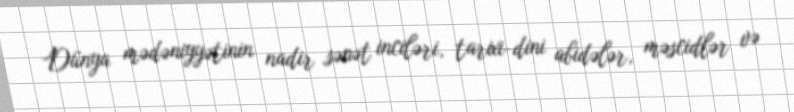
Dünya mədəniyyətinin nadir sənət inciləri, tarixi-dini abidələr, məscidlər və